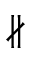
\nparallel